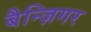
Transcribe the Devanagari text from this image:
बैन्ज़िगर